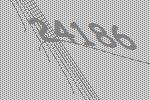
24186